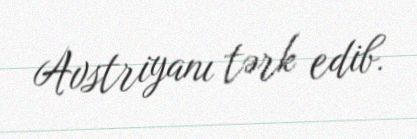
Avstriyanı tərk edib.